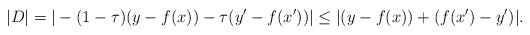
\begin{align*} |D| = |-(1-\tau)(y - f(x)) - \tau(y' - f(x'))|\leq |(y - f(x)) + (f(x') - y')|.\end{align*}